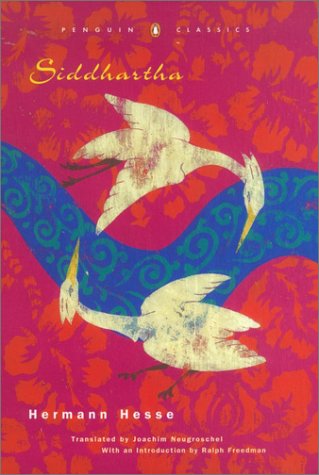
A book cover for Siddhartha (Penguin Classics Deluxe Edition); Hermann Hesse; Literature & Fiction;